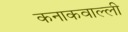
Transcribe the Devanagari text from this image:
कनाकवाल्ली